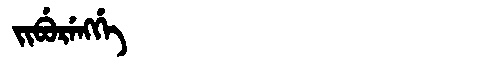
Manchu: ᠵᡳᠪᡠᡵᡝᠩᡤᡝ
Romanization: JIBURENGGE